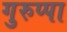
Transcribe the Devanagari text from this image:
गुरुप्पा